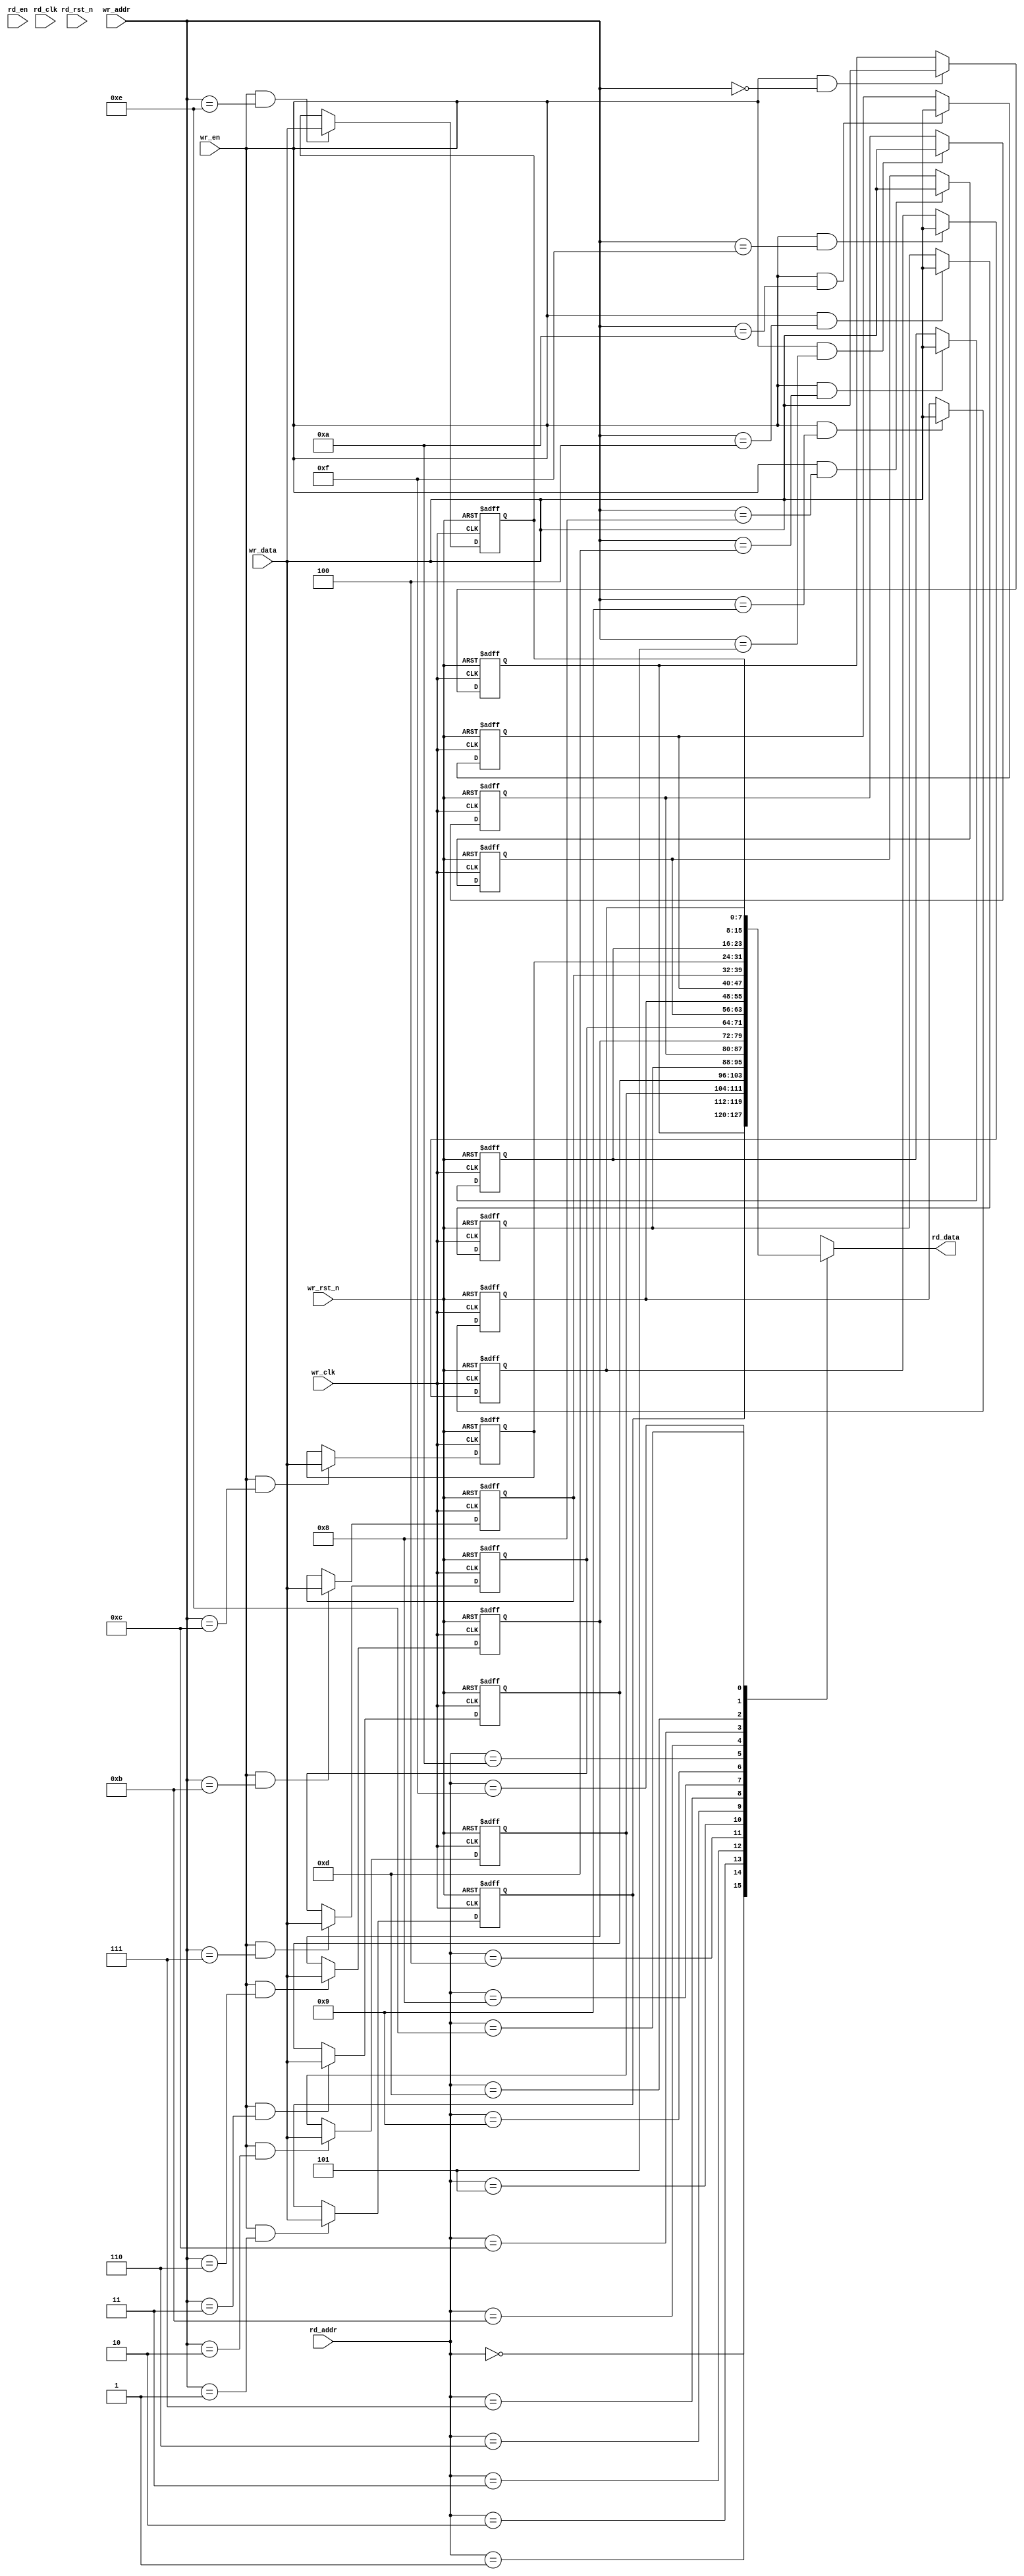
`timescale 1ns / 1ps
//////////////////////////////////////////////////////////////////////////////////
// Company: 
// Engineer: 
// 
// Design Name: 
// Module Name: dualport_ram
// Project Name: 
// Target Devices: 
// Tool Versions: 
// Description: 
// 
// Dependencies: 
// 
// Revision:
// Revision 0.01 - File Created
// Additional Comments:
// 
//////////////////////////////////////////////////////////////////////////////////


module dualport_ram_async #(
		parameter	DATA_WIDTH = 8,
		parameter	ADDR_WIDTH = 4  //ram depth is equal to 2^ADDR_WIDTH
		)(
		input wr_clk,
		input wr_rst_n,
		input wr_en,
		input [ADDR_WIDTH-1:0] wr_addr,
		input [DATA_WIDTH-1:0] wr_data,
		input rd_clk,
		input rd_rst_n,
		input rd_en,
		input [ADDR_WIDTH-1:0] rd_addr,
		output [DATA_WIDTH-1:0] rd_data
    );
	
localparam 	RAM_DEPTH = 1<<ADDR_WIDTH;

reg [DATA_WIDTH-1:0] mem [RAM_DEPTH-1:0];

generate
genvar i;
	for(i=0;i<RAM_DEPTH;i=i+1)begin
		always @ (posedge wr_clk or negedge wr_rst_n)
		begin
			if(!wr_rst_n)
				mem[i] <= {DATA_WIDTH{1'b0}};
			else if(wr_en & (wr_addr==i))
				mem[i] <= wr_data;
		end 
	end 
endgenerate
	
assign rd_data = mem[rd_addr];
 
	
	
endmodule